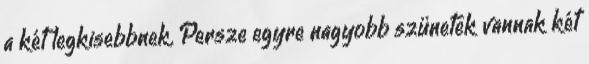
a két legkisebbnek. Persze egyre nagyobb szünetek vannak két